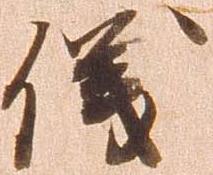
儀